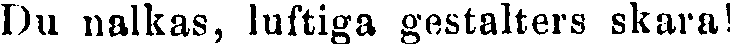
Du nalkas, luftiga gestalters skara!